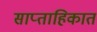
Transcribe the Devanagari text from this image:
साप्‍ताहिकात